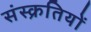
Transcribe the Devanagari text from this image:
संस्क्रतियों